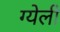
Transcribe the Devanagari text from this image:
ग्येली